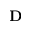
\mathbf { D }